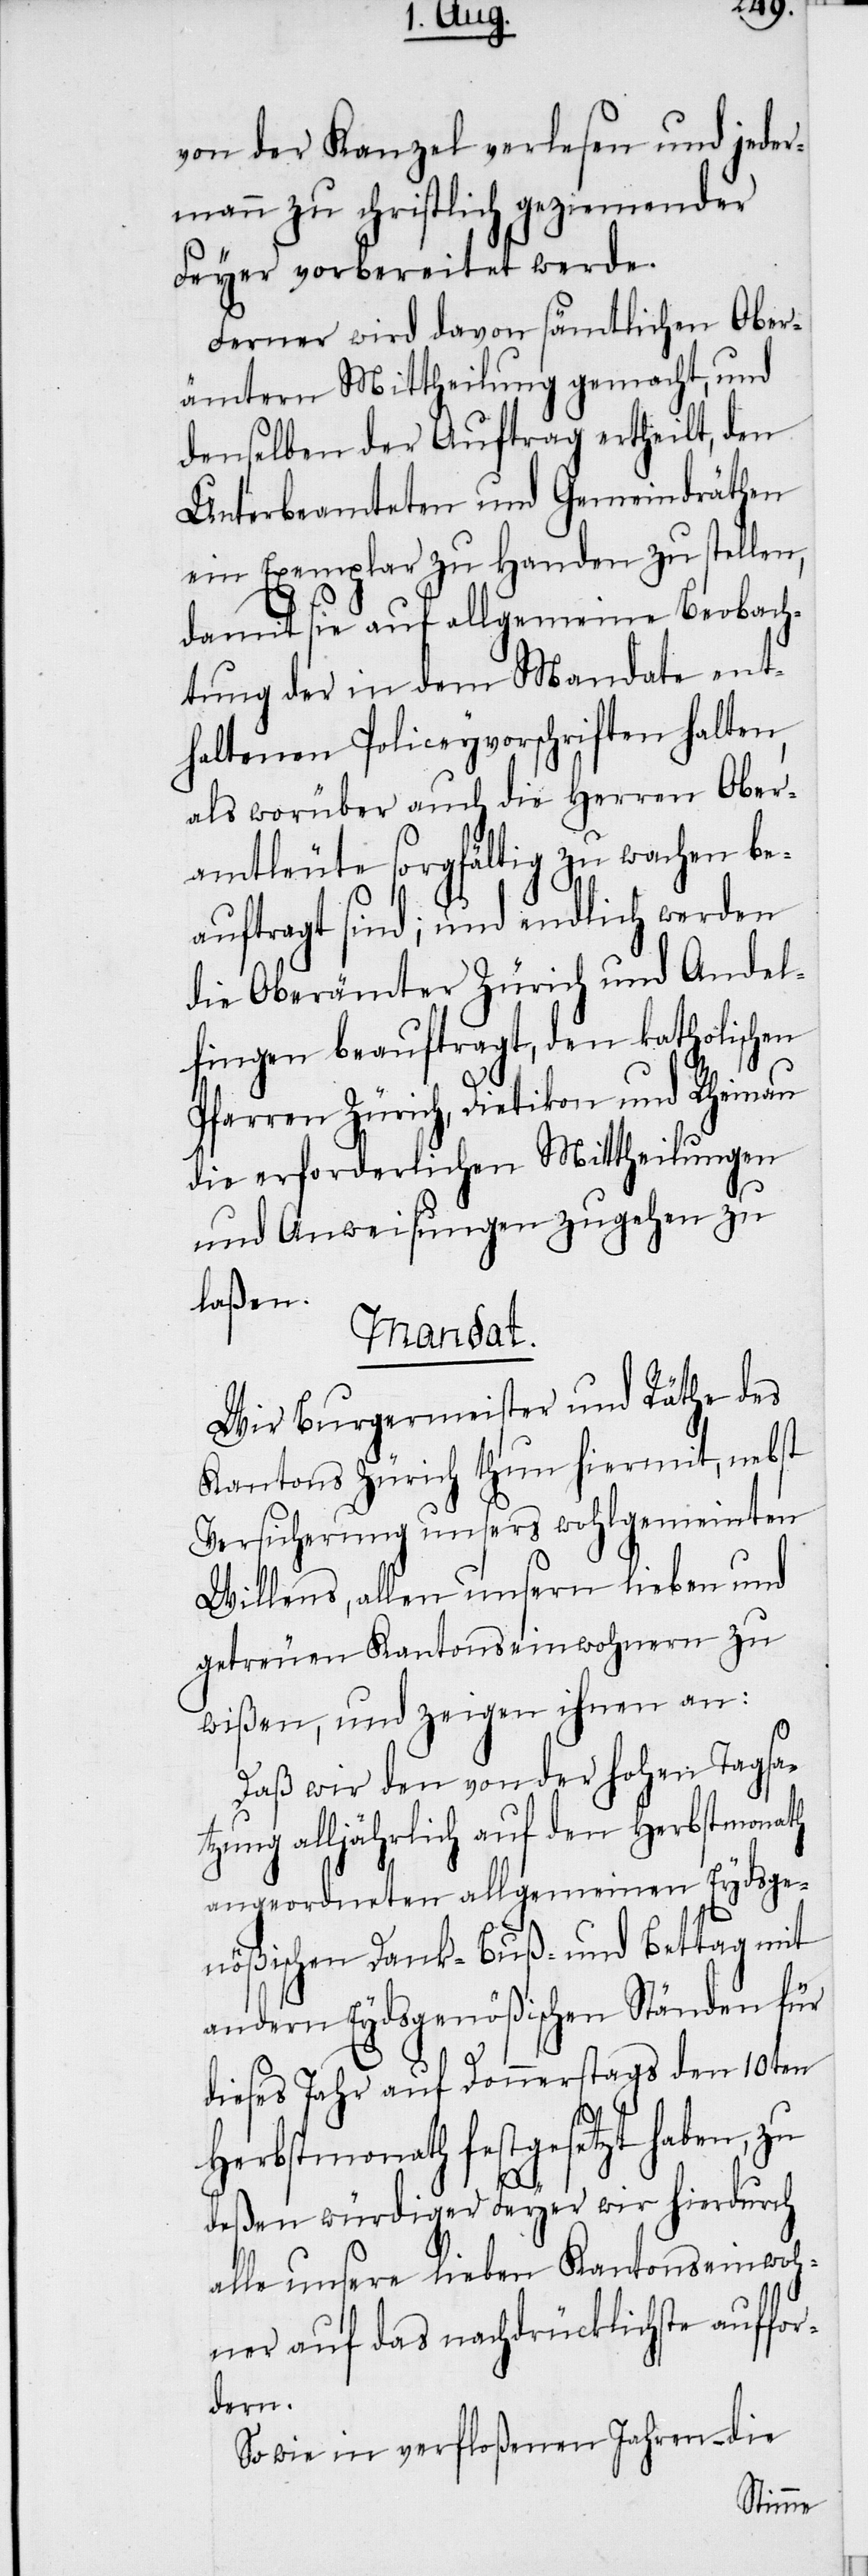
von der Kanzel verlesen und jeder¬
mann zu christlich geziemender
Feyer vorbereitet werde.
Ferner wird davon sämtlichen Ober¬
ämtern Mittheilung gemacht, und
denselben der Auftrag ertheilt, den
Unterbeamteten und Gemeindräthen
ein Exemplar zu Handen zu stellen,
damit sie auf allgemeine Beobach¬
tung der in dem Mandate ent¬
haltenen Policeyvorschriften halten,
als worüber auch die Herren Ober¬
amtleute sorgfältig zu wachen be¬
auftragt sind; und endlich werden
die Oberämter Zürich und Andel¬
fingen beauftragt, den katholischen
Pfarren Zürich, Dietikon und Rheinau
die erforderlichen Mittheilungen
und Anweisungen zugehen zu
laßen.
Mandat.
Wir Burgermeister und Räthe des
Kantons Zürich thun hiermit, nebst
Versicherung unsers wohlgemeinten
Willens, allen unsern lieben und
getreuen Kantonseinwohnern zu
wißen, und zeigen ihnen an:
Daß wir den von der hohen Tagsa¬
tzung alljährlich auf den Herbstmonath
angeordneten allgemeinen Eydsge¬
nößischen Dank- Buß- und Bettag mit
andern Eydsgenößischen Ständen für
dieses Jahr auf Donnerstags den 10ten
Herbstmonath festgesetzt haben, zu
deßen würdiger Feyer wir hierdurch
alle unsere lieben Kantonseinwoh¬
ner auf das nachdrücklichste auffor¬
dern.
So wie in verfloßenen Jahren – die